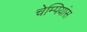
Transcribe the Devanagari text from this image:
चेम्पियांस